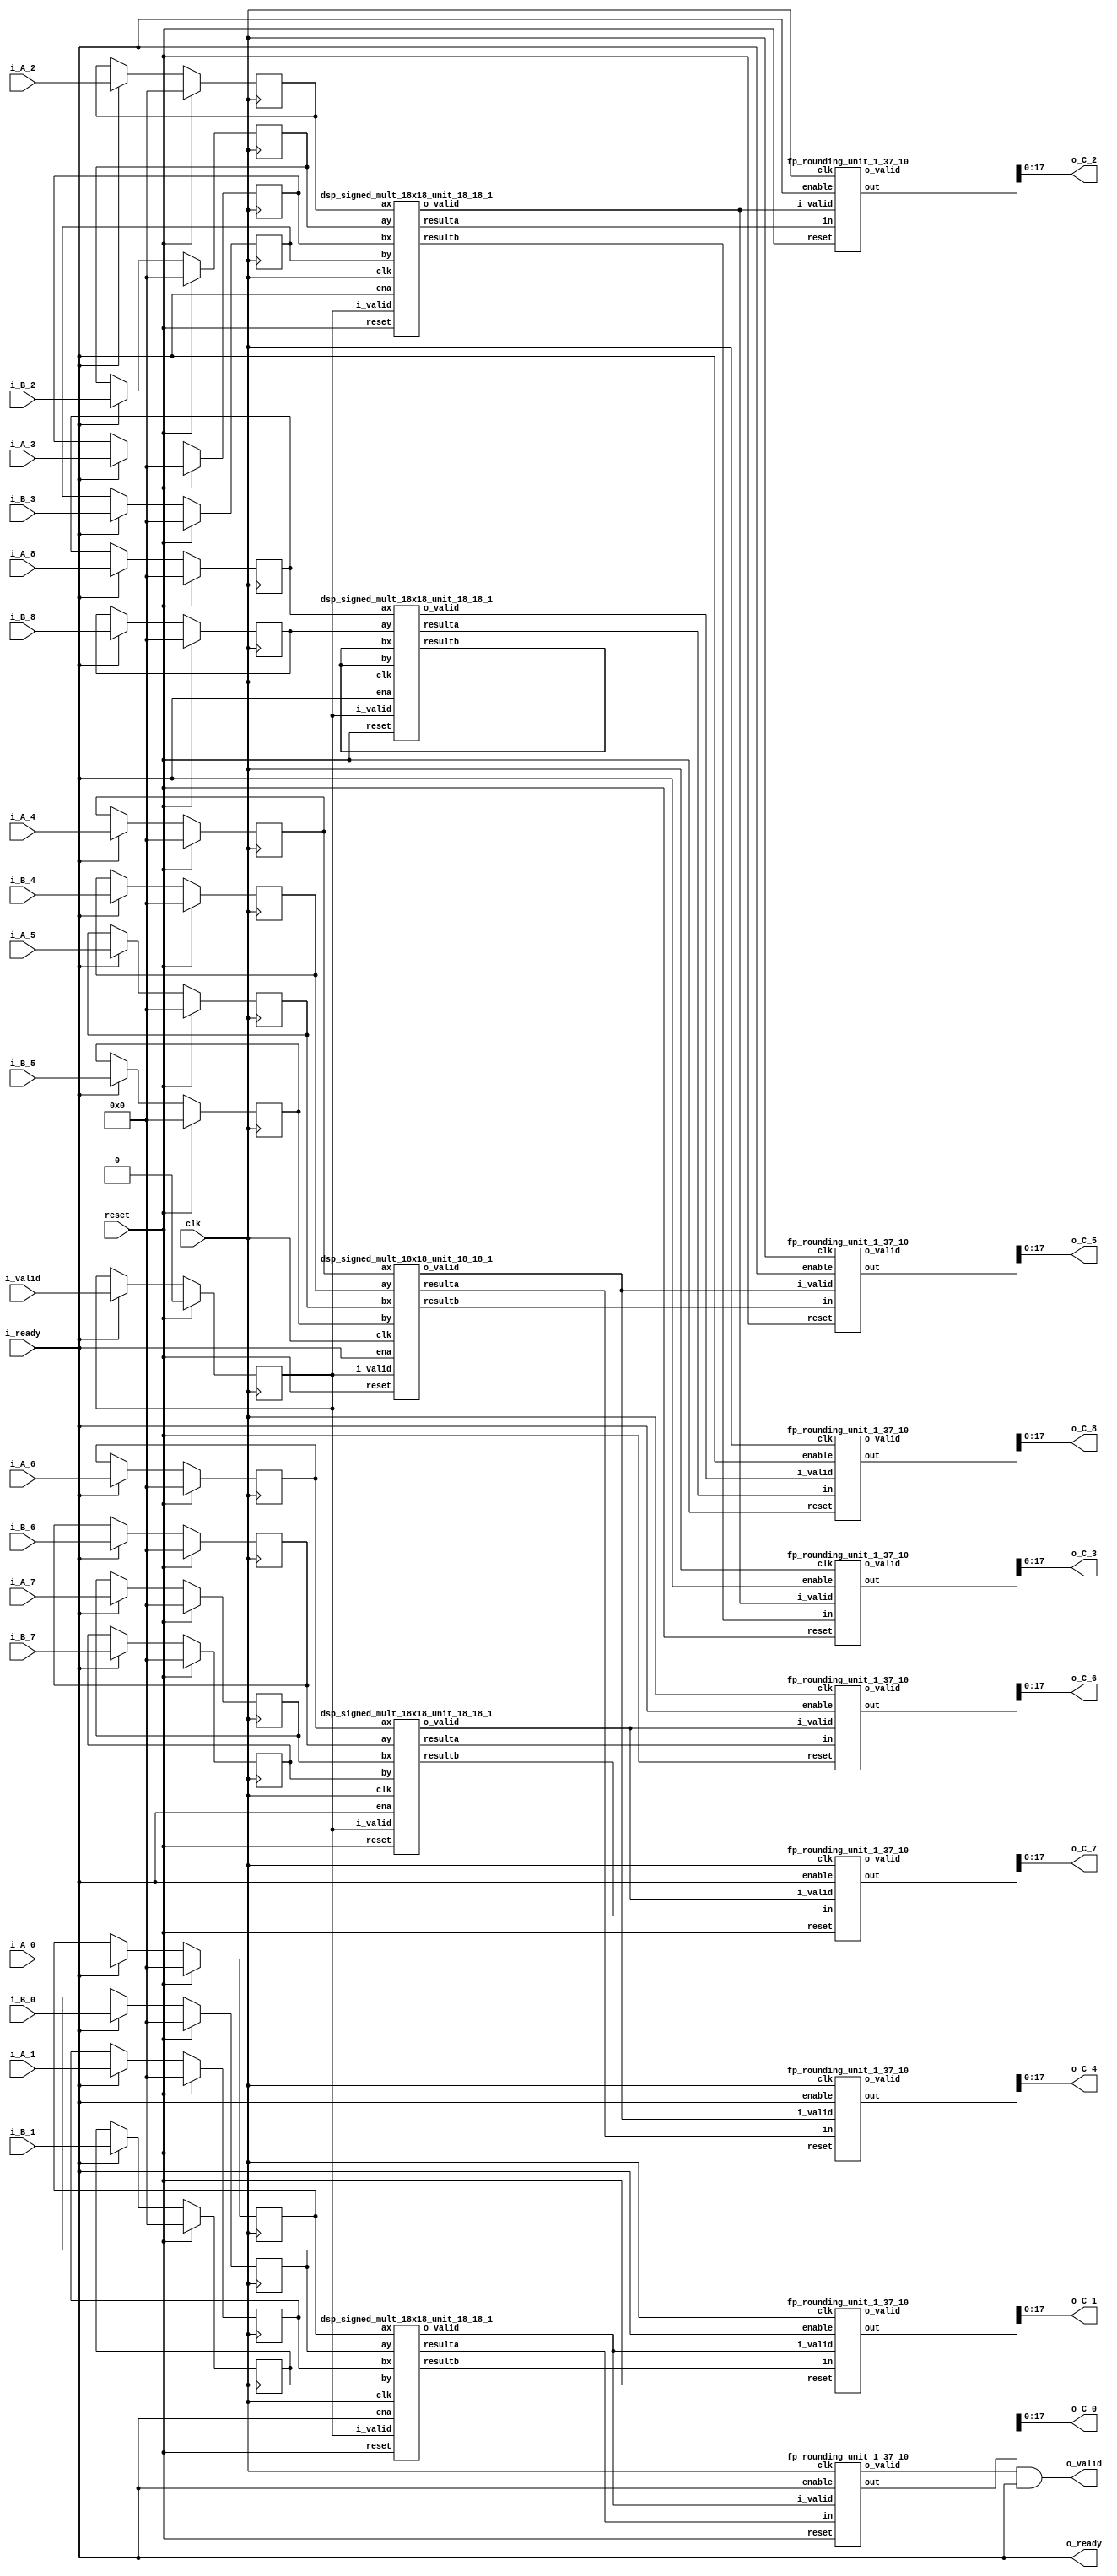
`define SIMULATION_MEMORY

module elementwise_mult_core_18_1810_9_1 (
	input clk,
	input reset,
	input i_valid,
	input i_ready,
	input [17:0] i_A_0,
	input [17:0] i_B_0,
	output [17:0] o_C_0,
	input [17:0] i_A_1,
	input [17:0] i_B_1,
	output [17:0] o_C_1,
	input [17:0] i_A_2,
	input [17:0] i_B_2,
	output [17:0] o_C_2,
	input [17:0] i_A_3,
	input [17:0] i_B_3,
	output [17:0] o_C_3,
	input [17:0] i_A_4,
	input [17:0] i_B_4,
	output [17:0] o_C_4,
	input [17:0] i_A_5,
	input [17:0] i_B_5,
	output [17:0] o_C_5,
	input [17:0] i_A_6,
	input [17:0] i_B_6,
	output [17:0] o_C_6,
	input [17:0] i_A_7,
	input [17:0] i_B_7,
	output [17:0] o_C_7,
	input [17:0] i_A_8,
	input [17:0] i_B_8,
	output [17:0] o_C_8,
	output o_valid,
	output o_ready
);

// Store inputs and outputs in registers
reg [17:0] reg_A_0;
reg [17:0] reg_B_0;
wire [17:0] reg_C_0;
reg [17:0] reg_A_1;
reg [17:0] reg_B_1;
wire [17:0] reg_C_1;
reg [17:0] reg_A_2;
reg [17:0] reg_B_2;
wire [17:0] reg_C_2;
reg [17:0] reg_A_3;
reg [17:0] reg_B_3;
wire [17:0] reg_C_3;
reg [17:0] reg_A_4;
reg [17:0] reg_B_4;
wire [17:0] reg_C_4;
reg [17:0] reg_A_5;
reg [17:0] reg_B_5;
wire [17:0] reg_C_5;
reg [17:0] reg_A_6;
reg [17:0] reg_B_6;
wire [17:0] reg_C_6;
reg [17:0] reg_A_7;
reg [17:0] reg_B_7;
wire [17:0] reg_C_7;
reg [17:0] reg_A_8;
reg [17:0] reg_B_8;
wire [17:0] reg_C_8;

reg valid_A_B;
wire valid_C;
wire enable;
assign enable = i_ready;

wire mult_valid_0;
wire round_valid_0;
wire [36:0] mult_C_0;
wire [36:0] rounded_C_0;
wire mult_valid_1;
wire round_valid_1;
wire [36:0] mult_C_1;
wire [36:0] rounded_C_1;
wire mult_valid_2;
wire round_valid_2;
wire [36:0] mult_C_2;
wire [36:0] rounded_C_2;
wire mult_valid_3;
wire round_valid_3;
wire [36:0] mult_C_3;
wire [36:0] rounded_C_3;
wire mult_valid_4;
wire round_valid_4;
wire [36:0] mult_C_4;
wire [36:0] rounded_C_4;
wire mult_valid_5;
wire round_valid_5;
wire [36:0] mult_C_5;
wire [36:0] rounded_C_5;
wire mult_valid_6;
wire round_valid_6;
wire [36:0] mult_C_6;
wire [36:0] rounded_C_6;
wire mult_valid_7;
wire round_valid_7;
wire [36:0] mult_C_7;
wire [36:0] rounded_C_7;
wire mult_valid_8;
wire round_valid_8;
wire [36:0] mult_C_8;
wire [36:0] rounded_C_8;

dsp_signed_mult_18x18_unit_18_18_1 dsp_signed_mult_18x18_unit_18_18_1_inst0 (
	.clk(clk),
	.reset(reset),
	.ena(enable),
	.i_valid(valid_A_B),
	.ax(reg_A_0),
	.ay(reg_B_0),
	.bx(reg_A_1),
	.by(reg_B_1),
	.o_valid(mult_valid_0),
	.resulta(mult_C_0),
	.resultb(mult_C_1)
);
assign mult_valid_1 = mult_valid_0;
dsp_signed_mult_18x18_unit_18_18_1 dsp_signed_mult_18x18_unit_18_18_1_inst2 (
	.clk(clk),
	.reset(reset),
	.ena(enable),
	.i_valid(valid_A_B),
	.ax(reg_A_2),
	.ay(reg_B_2),
	.bx(reg_A_3),
	.by(reg_B_3),
	.o_valid(mult_valid_2),
	.resulta(mult_C_2),
	.resultb(mult_C_3)
);
assign mult_valid_3 = mult_valid_2;
dsp_signed_mult_18x18_unit_18_18_1 dsp_signed_mult_18x18_unit_18_18_1_inst4 (
	.clk(clk),
	.reset(reset),
	.ena(enable),
	.i_valid(valid_A_B),
	.ax(reg_A_4),
	.ay(reg_B_4),
	.bx(reg_A_5),
	.by(reg_B_5),
	.o_valid(mult_valid_4),
	.resulta(mult_C_4),
	.resultb(mult_C_5)
);
assign mult_valid_5 = mult_valid_4;
dsp_signed_mult_18x18_unit_18_18_1 dsp_signed_mult_18x18_unit_18_18_1_inst6 (
	.clk(clk),
	.reset(reset),
	.ena(enable),
	.i_valid(valid_A_B),
	.ax(reg_A_6),
	.ay(reg_B_6),
	.bx(reg_A_7),
	.by(reg_B_7),
	.o_valid(mult_valid_6),
	.resulta(mult_C_6),
	.resultb(mult_C_7)
);
assign mult_valid_7 = mult_valid_6;
dsp_signed_mult_18x18_unit_18_18_1 dsp_signed_mult_18x18_unit_18_18_1_inst8 (
	.clk(clk),
	.reset(reset),
	.ena(enable),
	.i_valid(valid_A_B),
	.ax(reg_A_8),
	.ay(reg_B_8),
	.bx(),
	.by(),
	.o_valid(mult_valid_8),
	.resulta(mult_C_8),
	.resultb()
);
fp_rounding_unit_1_37_10 fp_rounding_unit_1_37_10_inst0 (
	.clk(clk),
	.reset(reset),
	.enable(enable),
	.i_valid(mult_valid_0),
	.in(mult_C_0),
	.o_valid(round_valid_0),
	.out(rounded_C_0)
);
assign reg_C_0 = rounded_C_0;
fp_rounding_unit_1_37_10 fp_rounding_unit_1_37_10_inst1 (
	.clk(clk),
	.reset(reset),
	.enable(enable),
	.i_valid(mult_valid_1),
	.in(mult_C_1),
	.o_valid(round_valid_1),
	.out(rounded_C_1)
);
assign reg_C_1 = rounded_C_1;
fp_rounding_unit_1_37_10 fp_rounding_unit_1_37_10_inst2 (
	.clk(clk),
	.reset(reset),
	.enable(enable),
	.i_valid(mult_valid_2),
	.in(mult_C_2),
	.o_valid(round_valid_2),
	.out(rounded_C_2)
);
assign reg_C_2 = rounded_C_2;
fp_rounding_unit_1_37_10 fp_rounding_unit_1_37_10_inst3 (
	.clk(clk),
	.reset(reset),
	.enable(enable),
	.i_valid(mult_valid_3),
	.in(mult_C_3),
	.o_valid(round_valid_3),
	.out(rounded_C_3)
);
assign reg_C_3 = rounded_C_3;
fp_rounding_unit_1_37_10 fp_rounding_unit_1_37_10_inst4 (
	.clk(clk),
	.reset(reset),
	.enable(enable),
	.i_valid(mult_valid_4),
	.in(mult_C_4),
	.o_valid(round_valid_4),
	.out(rounded_C_4)
);
assign reg_C_4 = rounded_C_4;
fp_rounding_unit_1_37_10 fp_rounding_unit_1_37_10_inst5 (
	.clk(clk),
	.reset(reset),
	.enable(enable),
	.i_valid(mult_valid_5),
	.in(mult_C_5),
	.o_valid(round_valid_5),
	.out(rounded_C_5)
);
assign reg_C_5 = rounded_C_5;
fp_rounding_unit_1_37_10 fp_rounding_unit_1_37_10_inst6 (
	.clk(clk),
	.reset(reset),
	.enable(enable),
	.i_valid(mult_valid_6),
	.in(mult_C_6),
	.o_valid(round_valid_6),
	.out(rounded_C_6)
);
assign reg_C_6 = rounded_C_6;
fp_rounding_unit_1_37_10 fp_rounding_unit_1_37_10_inst7 (
	.clk(clk),
	.reset(reset),
	.enable(enable),
	.i_valid(mult_valid_7),
	.in(mult_C_7),
	.o_valid(round_valid_7),
	.out(rounded_C_7)
);
assign reg_C_7 = rounded_C_7;
fp_rounding_unit_1_37_10 fp_rounding_unit_1_37_10_inst8 (
	.clk(clk),
	.reset(reset),
	.enable(enable),
	.i_valid(mult_valid_8),
	.in(mult_C_8),
	.o_valid(round_valid_8),
	.out(rounded_C_8)
);
assign reg_C_8 = rounded_C_8;
always @ (posedge clk) begin
	if (reset) begin
		valid_A_B <= 1'b0;
		reg_A_0 <= 0;
		reg_B_0 <= 0;
		reg_A_1 <= 0;
		reg_B_1 <= 0;
		reg_A_2 <= 0;
		reg_B_2 <= 0;
		reg_A_3 <= 0;
		reg_B_3 <= 0;
		reg_A_4 <= 0;
		reg_B_4 <= 0;
		reg_A_5 <= 0;
		reg_B_5 <= 0;
		reg_A_6 <= 0;
		reg_B_6 <= 0;
		reg_A_7 <= 0;
		reg_B_7 <= 0;
		reg_A_8 <= 0;
		reg_B_8 <= 0;
	end else if (enable) begin
		reg_A_0 <= i_A_0;
		reg_B_0 <= i_B_0;
		reg_A_1 <= i_A_1;
		reg_B_1 <= i_B_1;
		reg_A_2 <= i_A_2;
		reg_B_2 <= i_B_2;
		reg_A_3 <= i_A_3;
		reg_B_3 <= i_B_3;
		reg_A_4 <= i_A_4;
		reg_B_4 <= i_B_4;
		reg_A_5 <= i_A_5;
		reg_B_5 <= i_B_5;
		reg_A_6 <= i_A_6;
		reg_B_6 <= i_B_6;
		reg_A_7 <= i_A_7;
		reg_B_7 <= i_B_7;
		reg_A_8 <= i_A_8;
		reg_B_8 <= i_B_8;
		valid_A_B <= i_valid;
	end
end

assign o_C_0 = reg_C_0;
assign o_C_1 = reg_C_1;
assign o_C_2 = reg_C_2;
assign o_C_3 = reg_C_3;
assign o_C_4 = reg_C_4;
assign o_C_5 = reg_C_5;
assign o_C_6 = reg_C_6;
assign o_C_7 = reg_C_7;
assign o_C_8 = reg_C_8;
assign valid_C = round_valid_0;
assign o_ready = i_ready;
assign o_valid = valid_C & i_ready;

endmodule
module fp_rounding_unit_1_37_10 (
	input clk,
	input reset,
	input enable,
	input i_valid,
	input [36:0] in,
	output [36:0] out,
	output o_valid
);

reg [36:0] rounded_result;
reg [36:0] floor;
reg [36:0] ceil;
reg is_ceil;
reg floor_ceil_valid;

always @ (*) begin
	if (is_ceil) begin
		rounded_result = ceil;
	end else begin
		rounded_result = floor;
	end
end

reg valid_reg;
reg [36:0] out_reg;
always @ (posedge clk) begin
	if (reset) begin
		is_ceil <= 1'b0;
		floor_ceil_valid <= 1'b0;
		valid_reg <= 1'b0;
		floor <= 0;
		ceil <= 0;
		out_reg <= 0;
	end else if (enable) begin
		is_ceil <= in[9];
		floor <= in >>> 10;
		ceil <= (in >>> 10) + 1;
		floor_ceil_valid <= i_valid;
		out_reg <= rounded_result;
		valid_reg <= floor_ceil_valid;
	end
end

assign o_valid = valid_reg;

assign out = out_reg;

endmodule
module dsp_signed_mult_18x18_unit_18_18_1 (
	input clk,
	input reset,
	input ena,
	input i_valid,
	input [17:0] ax,
	input [17:0] ay,
	input [17:0] bx,
	input [17:0] by,
	output o_valid,
	output [36:0] resulta,
	output [36:0] resultb 
);

reg [17:0] reg_ax, reg_ay, reg_bx, reg_by;
reg [36:0] reg_resa, reg_resb;
always @(posedge clk) begin
	if (reset) begin
		reg_ax <= 0;
		reg_ay <= 0;
		reg_bx <= 0;
		reg_by <= 0;
		reg_resa <= 0;
		reg_resb <= 0;
	end else if (ena) begin
		reg_ax <= ax;
		reg_ay <= ay;
		reg_bx <= bx;
		reg_by <= by;
		reg_resa <= reg_ax * reg_ay;
		reg_resb <= reg_bx * reg_by;
	end
end

assign resulta = reg_resa;
assign resultb = reg_resb;
reg input_valid, result_valid, output_valid;
always @ (posedge clk) begin
	if (reset) begin
		output_valid <= 1'b0;
		input_valid <= 1'b0;
		result_valid <= 1'b0;
	end else if (ena) begin
		input_valid <= i_valid;
		result_valid <= input_valid;
		output_valid <= result_valid;
	end
end
assign o_valid = output_valid;

endmodule